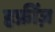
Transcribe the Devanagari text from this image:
हफ्रींज़